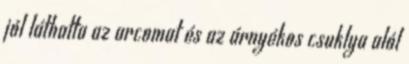
jól láthatta az arcomat és az árnyékos csuklya alól